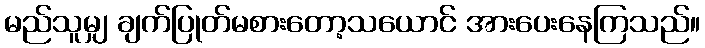
မည်သူမျှ ချက်ပြုတ်မစားတော့သယောင် အားပေးနေကြသည်။